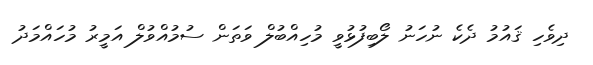
ދިވެހި ޤައުމު ދެކެ ނުހަނު ލޯބިފުޅުވީ މުހިއްބުލް ވަތަން ސުމުއްވުލް އަމީރު މުހައްމަދު